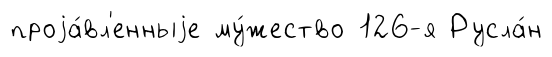
проjа́вл'енныjе му́жество 126-я Русла́н